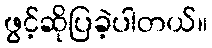
ဖွင့်ဆိုပြခဲ့ပါတယ်။